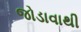
જોડાવાથી